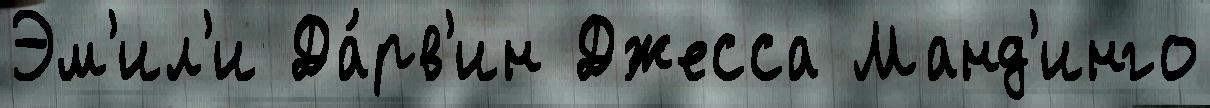
Эм'ил'и Да́рв'ин Джесса Манд'инго